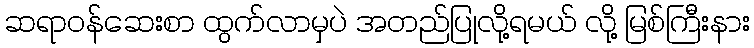
ဆရာဝန်ဆေးစာ ထွက်လာမှပဲ အတည်ပြုလို့ရမယ် လို့ မြစ်ကြီးနား